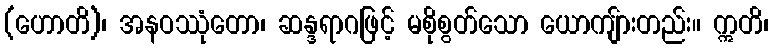
(ဟောတိ)၊ အနဝဿုံတော၊ ဆန္ဒရာဂဖြင့် မစိုစွတ်သော ယောကျ်ားတည်း။ ဣတိ၊